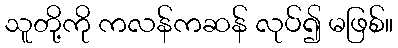
သူတို့ကို ကလန်ကဆန် လုပ်၍ မဖြစ်။